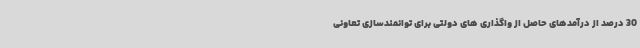
30 درصد از درآمدهای حاصل از واگذاری های دولتی برای توانمندسازی تعاونی